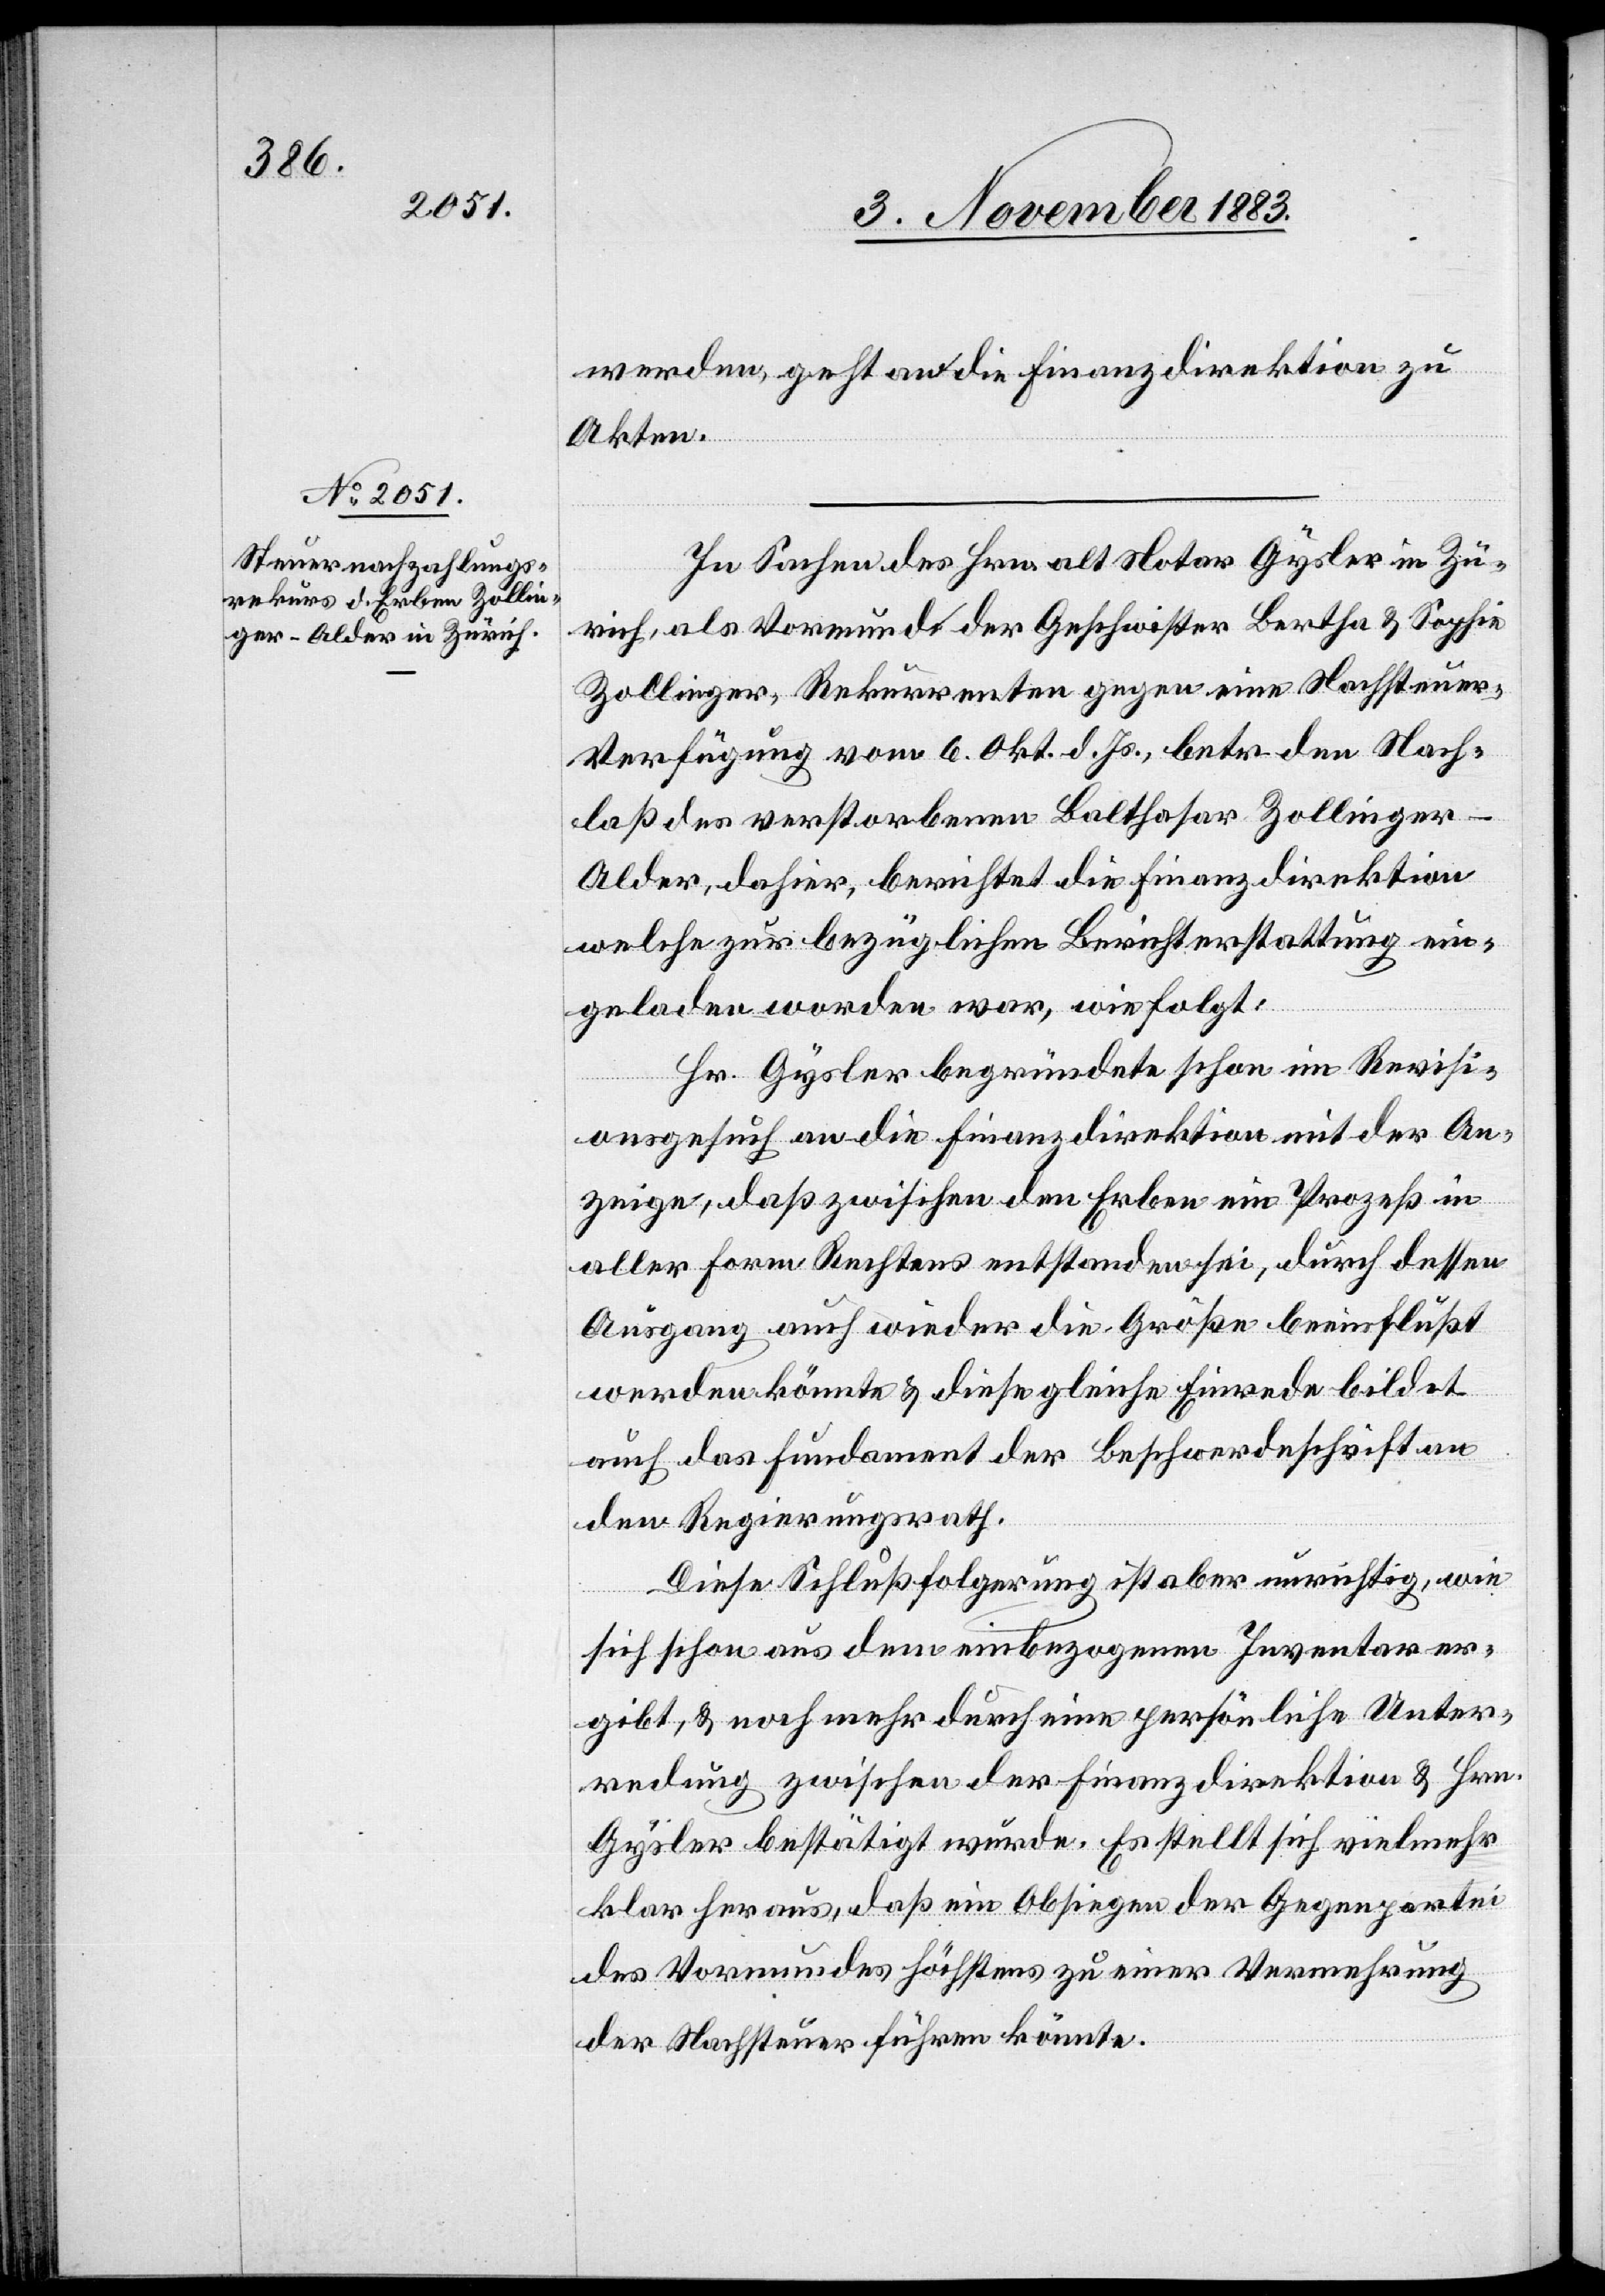
werden, geht an die Finanzdirektion zu
Akten.
In Sachen des Hrn. alt Notar Gysler in Zü¬
rich, als Vormunde der Geschwister Bertha & Sophie
Zollinger, Rekurrenten gegen eine Nachsteuer-V¬
erfügung vom 6. Okt. d. Js., betr. den Nach¬
laß des verstorbenen Balthasar Zollinger-A¬
lder, dahier, berichtet die Finanzdirektion
welche zur bezüglichen Berichterstattung ein¬
geladen worden war, wie folgt:
Hr. Gysler begründete schon im Revisi¬
onsgesuch an die Finanzdirektion mit der An¬
zeige, daß zwischen den Erben ein Prozeß in
aller Form Rechtens entstanden sei, durch dessen
Ausgang auch wieder die Größe beeinflußt
werden könnte & diese gleiche Einrede bildet
auch das Fundament der Beschwerdeschrift an
den Regierungsrath.
Diese Schlußfolgerung ist aber unrichtig, wie
sich schon aus dem einbezogenen Inventar er¬
gibt, & noch mehr durch eine persönliche Unter¬
redung zwischen der Finanzdirektion & Hrn.
Gysler bestätigt wurde. Es stellt sich vielmehr
klar heraus, daß ein Obsiegen der Gegenpartei
des Vormundes höchstens zu einer Vermehrung
der Nachsteuer führen könnte.